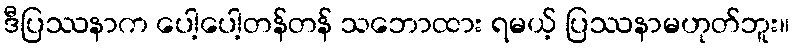
ဒီပြဿနာက ပေါ့ပေါ့တန်တန် သဘောထား ရမယ့် ပြဿနာမဟုတ်ဘူး။